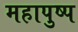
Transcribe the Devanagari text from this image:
महापुष्प